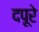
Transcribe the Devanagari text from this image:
दपूरे